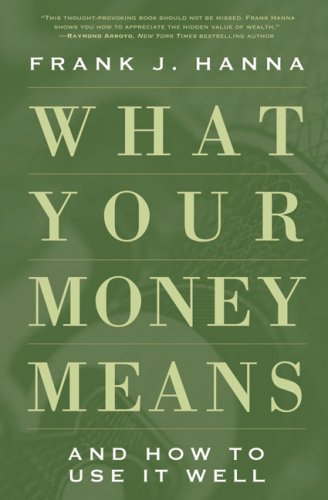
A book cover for What Your Money Means: And How to Use It Well; Frank J. Hanna; Christian Books & Bibles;